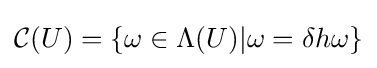
{\mathcal {C}}(U)=\{\omega \in \Lambda (U)|\omega =\delta h\omega \}